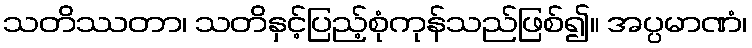
သတိဿတာ၊ သတိနှင့်ပြည့်စုံကုန်သည်ဖြစ်၍။ အပ္ပမာဏံ၊